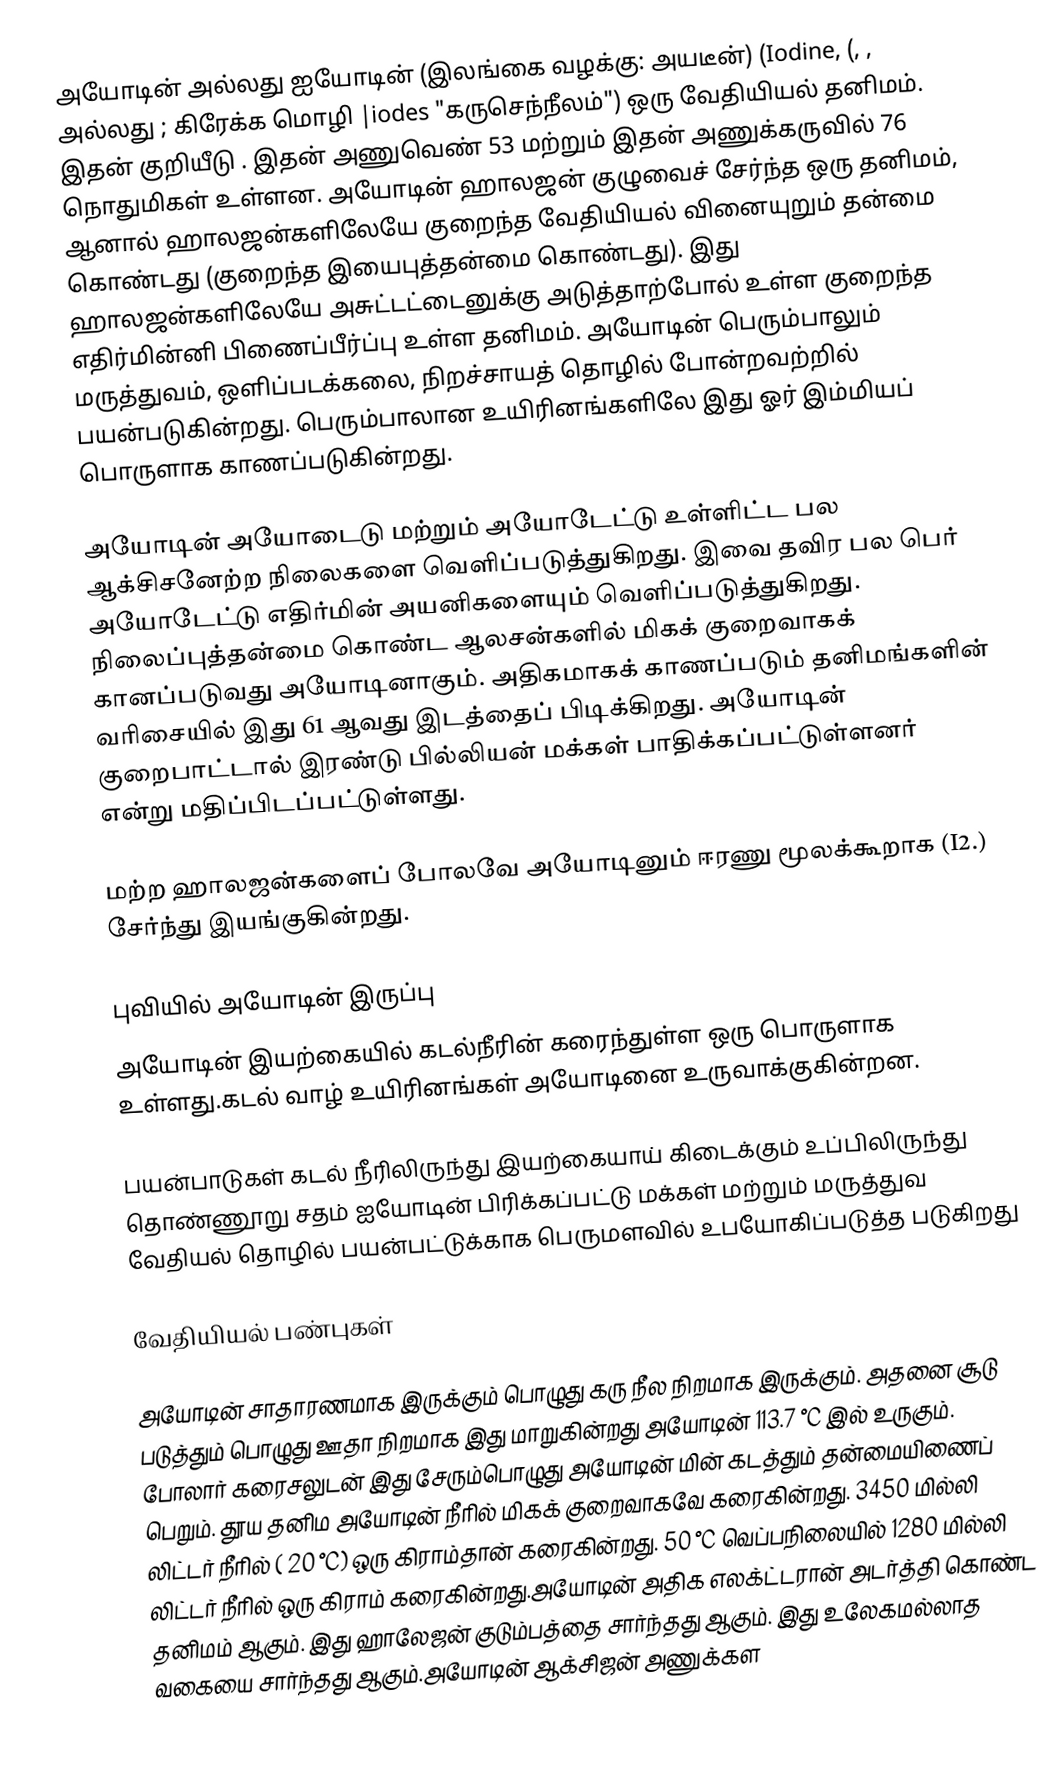
அயோடின் அல்லது ஐயோடின் (இலங்கை வழக்கு: அயடீன்) (Iodine, (, , அல்லது ; கிரேக்க மொழி |iodes "கருசெந்நீலம்") ஒரு வேதியியல் தனிமம். இதன் குறியீடு . இதன் அணுவெண் 53 மற்றும் இதன் அணுக்கருவில் 76 நொதுமிகள் உள்ளன. அயோடின் ஹாலஜன் குழுவைச் சேர்ந்த ஒரு தனிமம், ஆனால் ஹாலஜன்களிலேயே குறைந்த வேதியியல் வினையுறும் தன்மை கொண்டது (குறைந்த இயைபுத்தன்மை கொண்டது). இது ஹாலஜன்களிலேயே அசுட்டட்டைனுக்கு அடுத்தாற்போல் உள்ள குறைந்த எதிர்மின்னி பிணைப்பீர்ப்பு உள்ள தனிமம். அயோடின் பெரும்பாலும் மருத்துவம், ஒளிப்படக்கலை, நிறச்சாயத் தொழில் போன்றவற்றில் பயன்படுகின்றது. பெரும்பாலான உயிரினங்களிலே இது ஓர் இம்மியப் பொருளாக காணப்படுகின்றது.

அயோடின் அயோடைடு மற்றும் அயோடேட்டு உள்ளிட்ட பல ஆக்சிசனேற்ற நிலைகளை வெளிப்படுத்துகிறது. இவை தவிர பல பெர் அயோடேட்டு எதிர்மின் அயனிகளையும் வெளிப்படுத்துகிறது. நிலைப்புத்தன்மை கொண்ட ஆலசன்களில் மிகக் குறைவாகக் கானப்படுவது அயோடினாகும். அதிகமாகக் காணப்படும் தனிமங்களின் வரிசையில் இது 61 ஆவது இடத்தைப் பிடிக்கிறது. அயோடின் குறைபாட்டால் இரண்டு பில்லியன் மக்கள் பாதிக்கப்பட்டுள்ளனர் என்று மதிப்பிடப்பட்டுள்ளது.

மற்ற ஹாலஜன்களைப் போலவே அயோடினும் ஈரணு மூலக்கூறாக (I2.) சேர்ந்து இயங்குகின்றது.

புவியில் அயோடின் இருப்பு
அயோடின் இயற்கையில் கடல்நீரின் கரைந்துள்ள ஒரு பொருளாக உள்ளது.கடல் வாழ் உயிரினங்கள் அயோடினை உருவாக்குகின்றன.

பயன்பாடுகள் கடல் நீரிலிருந்து இயற்கையாய் கிடைக்கும் உப்பிலிருந்து தொண்ணூறு சதம் ஐயோடின் பிரிக்கப்பட்டு மக்கள் மற்றும் மருத்துவ வேதியல் தொழில் பயன்பட்டுக்காக பெருமளவில் உபயோகிப்படுத்த படுகிறது

வேதியியல் பண்புகள்

அயோடின் சாதாரணமாக இருக்கும் பொழுது கரு நீல நிறமாக இருக்கும். அதனை சூடு படுத்தும் பொழுது ஊதா நிறமாக இது மாறுகின்றது அயோடின் 113.7 °C இல் உருகும். போலார் கரைசலுடன் இது சேரும்பொழுது அயோடின் மின் கடத்தும் தன்மையிணைப் பெறும். தூய தனிம அயோடின் நீரில் மிகக் குறைவாகவே கரைகின்றது. 3450 மில்லி லிட்டர் நீரில் ( 20 °C) ஒரு கிராம்தான் கரைகின்றது. 50 °C வெப்பநிலையில் 1280 மில்லி லிட்டர் நீரில் ஒரு கிராம் கரைகின்றது.அயோடின் அதிக எலக்ட்டரான் அடர்த்தி கொண்ட தனிமம் ஆகும். இது ஹாலேஜன் குடும்பத்தை சார்ந்தது ஆகும். இது உலேகமல்லாத வகையை சார்ந்தது ஆகும்.அயோடின் ஆக்சிஜன் அணுக்கள